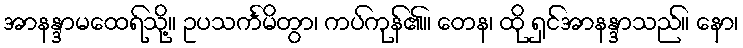
အာနန္ဒာမထေရ်သို့။ ဥပသင်္ကမိတွာ၊ ကပ်ကုန်၏။ တေန၊ ထို ရှင်အာနန္ဒာသည်။ နော၊